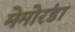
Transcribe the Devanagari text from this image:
मेमोरंडा